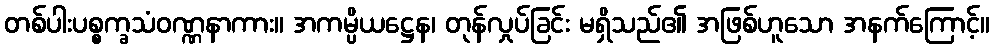
တစ်ပါးပစ္စက္ခသံဝဏ္ဏနာကား။ အကမ္ပိယဋ္ဌေန၊ တုန်လှုပ်ခြင်း မရှိသည်၏ အဖြစ်ဟူသော အနက်ကြောင့်။